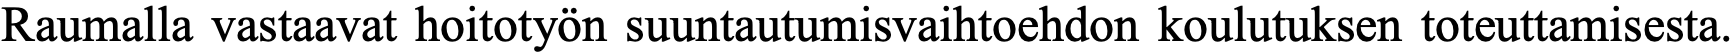
Raumalla vastaavat hoitotyön suuntautumisvaihtoehdon koulutuksen toteuttamisesta.